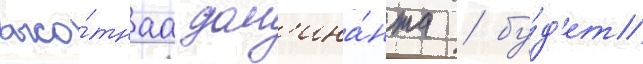
высо́тнаа дом'ина́нта / бу́д'ет